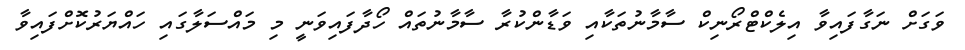
ވަގަށް ނަގާފައިވާ އިލެކްޓްރޯނިކް ސާމާނުތަކާއި ވަޑާންކުރާ ސާމާނުތައް ހޯދާފައިވަނީ މި މައްސަލާގައި ހައްޔަރުކޮށްފައިވާ